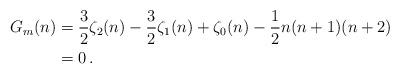
LaTeX: \begin{align*}G_m(n)&=\frac{3}{2}\zeta_2(n)-\frac{3}{2}\zeta_1(n)+\zeta_0(n)-\frac{1}{2}n(n+1)(n+2) \\&=0\,.\end{align*}